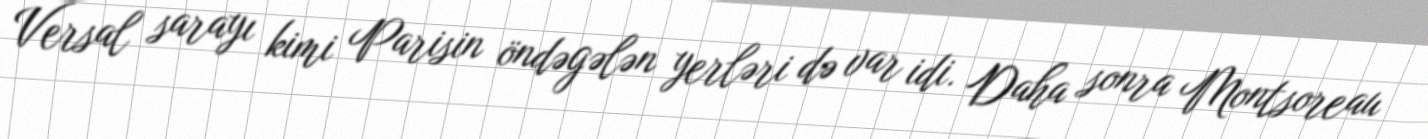
Versal sarayı kimi Parisin öndəgələn yerləri də var idi. Daha sonra Montsoreau